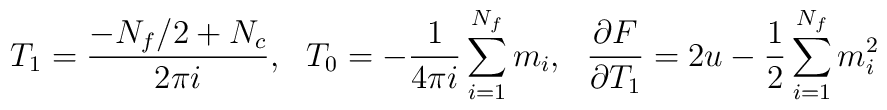
T_1=\frac{-N_f/2+N_c}{2 \pi i},\ \ T_0=-\frac{1}{4 \pi i}\sum_{i=1}^{N_f} m_i,\ \ \frac{\partial F}{\partial T_1}=2u-\frac{1}{2}\sum_{i=1}^{N_f} m_i^2